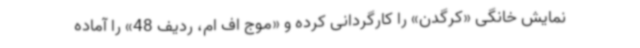
نمایش خانگی «کرگدن» را کارگردانی کرده و «موج اف ام، ردیف 48» را آماده